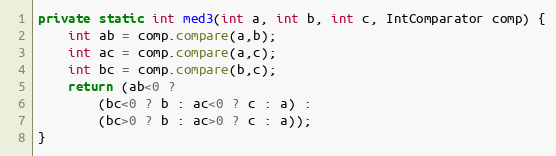
Language: Java
private static int med3(int a, int b, int c, IntComparator comp) {
	int ab = comp.compare(a,b);
	int ac = comp.compare(a,c);
	int bc = comp.compare(b,c);
	return (ab<0 ?
		(bc<0 ? b : ac<0 ? c : a) :
		(bc>0 ? b : ac>0 ? c : a));
}